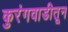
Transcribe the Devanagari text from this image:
कुरंगवाडीतून